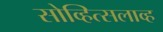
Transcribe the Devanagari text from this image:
सोव्हित्सलाव्ह